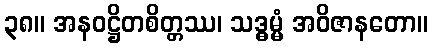
၃၈။ အနဝဋ္ဌိတစိတ္တဿ၊ သဒ္ဓမ္မံ အဝိဇာနတော။